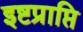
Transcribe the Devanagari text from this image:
इष्टप्राप्ति